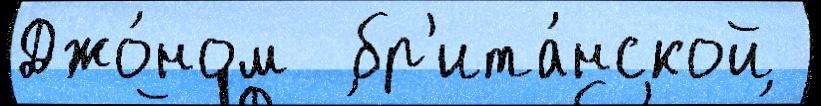
Джо́ном  бр'ита́нской